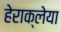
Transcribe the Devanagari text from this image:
हेराक्लेया